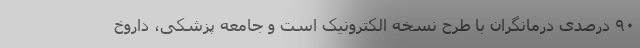
۹۰ درصدی درمانگران با طرح نسخه الکترونیک است و جامعه پزشکی، داروخ